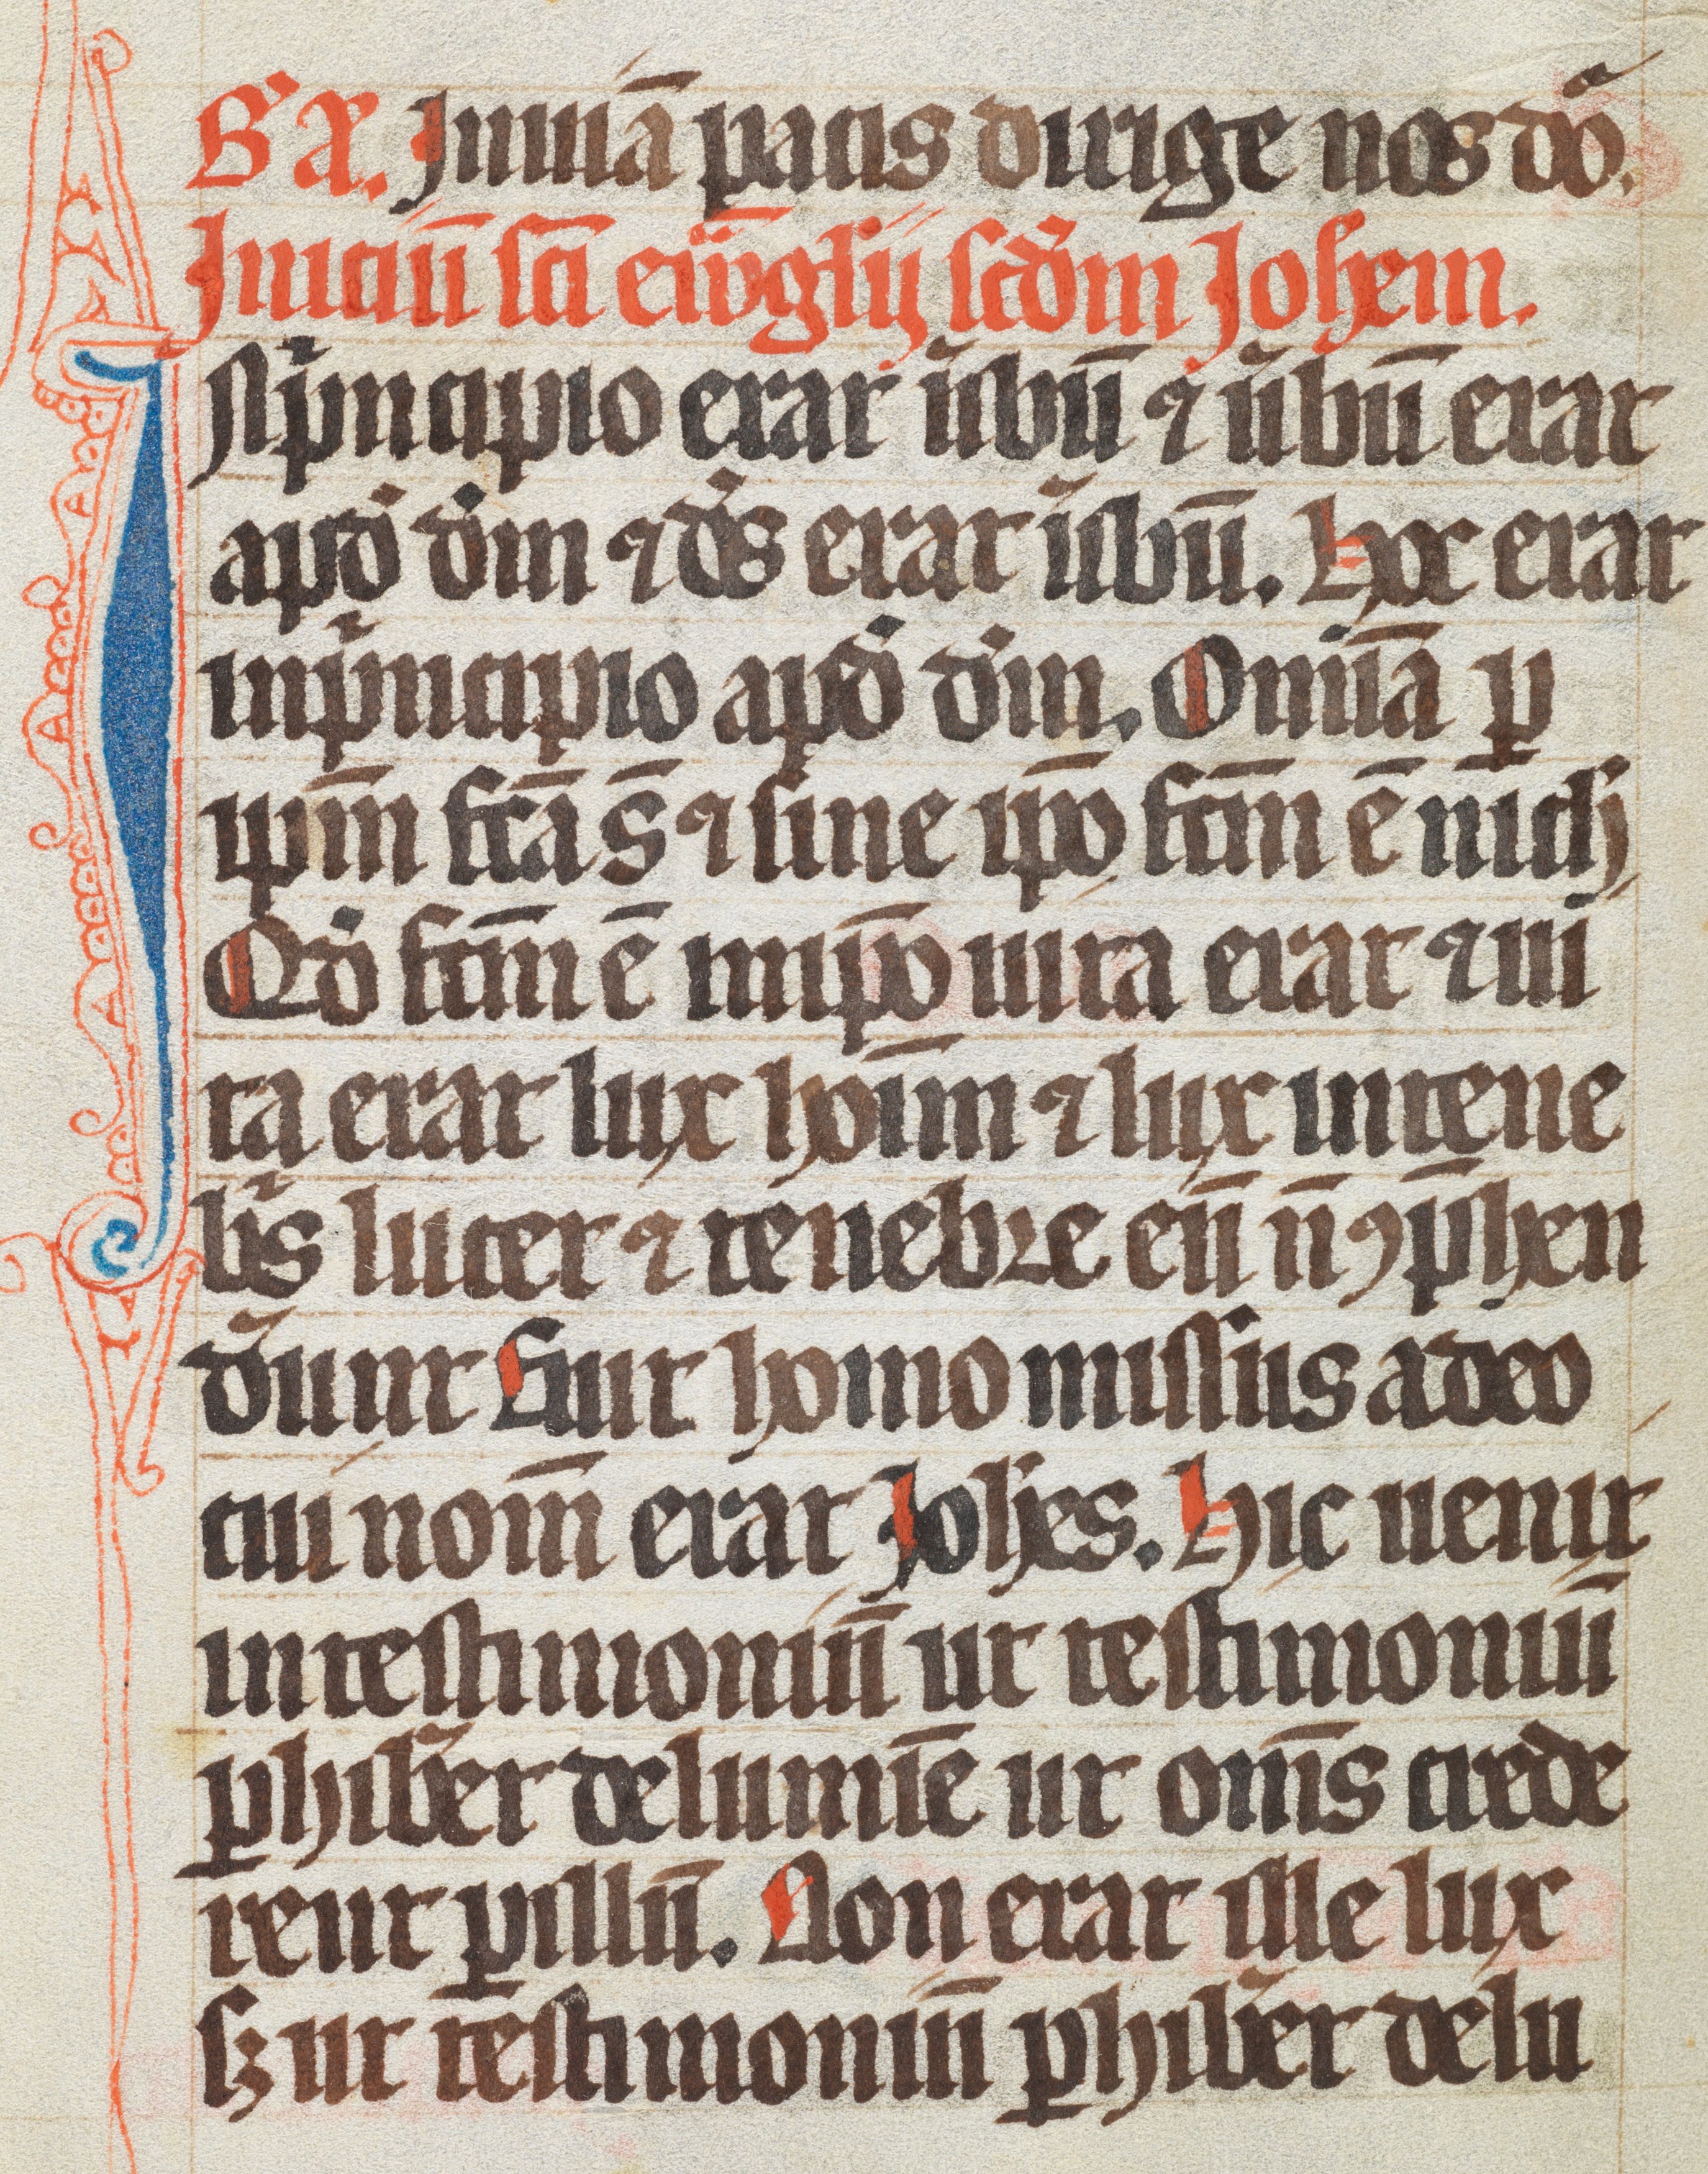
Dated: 1300–1349